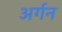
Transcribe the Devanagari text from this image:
अर्गन